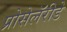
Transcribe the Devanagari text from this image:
प्रोसेलॅरीडे